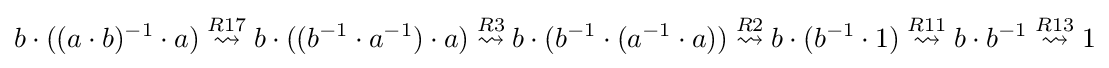
b\cdot ((a\cdot b)^{-1}\cdot a)\mathrel {\overset {R17}{\rightsquigarrow }} b\cdot ((b^{-1}\cdot a^{-1})\cdot a)\mathrel {\overset {R3}{\rightsquigarrow }} b\cdot (b^{-1}\cdot (a^{-1}\cdot a))\mathrel {\overset {R2}{\rightsquigarrow }} b\cdot (b^{-1}\cdot 1)\mathrel {\overset {R11}{\rightsquigarrow }} b\cdot b^{-1}\mathrel {\overset {R13}{\rightsquigarrow }} 1